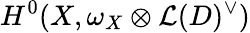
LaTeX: H^{0}(X,\omega_{X}\otimes{\mathcal{L}}(D)^{\vee})